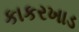
કાકરખાડ